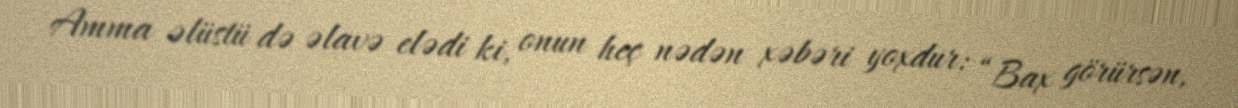
Amma əlüstü də əlavə elədi ki, onun heç nədən xəbəri yoxdur: “Bax görürsən,